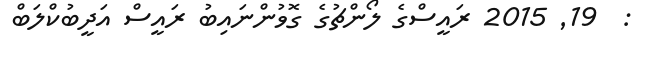
:  19